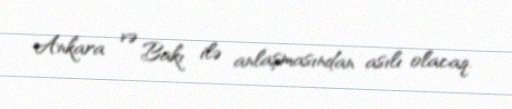
Ankara və Bakı ilə anlaşmasından asılı olacaq.